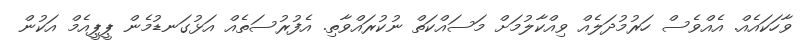
ވާހަކައެއް. އެއްވެސް ހަރުމުދަލެއް ވިއްކާލުމަށް މަސައްކަތް ނުކުރައްވާތި. އެފުރުސަތެއް އަޅުގަނޑުމެން ޕީޕީއެމް އަކުން